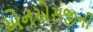
એનએસજીની